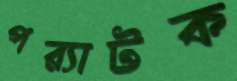
পর্যাটক